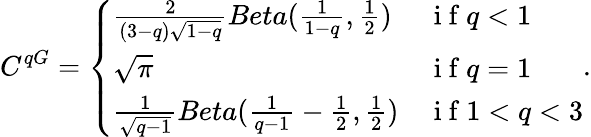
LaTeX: C^{qG}=\left\{ \begin{array}{ll}{\frac{2}{(3-q)\sqrt{1-q}}Beta(\frac{1}{1-q},\frac{1}{2})}&{\mathrm{~i~f~}q<1}\\ {\sqrt{\pi}}&{\mathrm{~i~f~}q=1}\\ {\frac{1}{\sqrt{q-1}}Beta(\frac{1}{q-1}-\frac{1}{2},\frac{1}{2})}&{\mathrm{~i~f~}1<q<3}\end{array}\right..